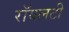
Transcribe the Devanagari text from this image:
रॉयलटी